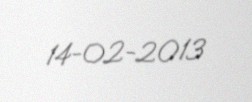
14-02-2013